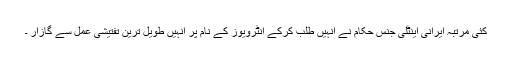
کئی مرتبہ ایرانی اینٹلی جنس حکام نے انہیں طلب کرکے انٹرویوز کے نام پر انہیں طویل ترین تفتیشی عمل سے گازار ۔